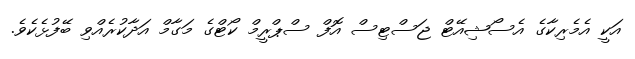
އަކީ އެމެރިކާގެ އެސޯޝިއޭޓް ޖަސްޓިސް އޮފް ސްޕްރީމް ކޯޓްގެ މަގާމް އަދާކުރެއްވި ބޭފުޅެކެވެ.